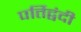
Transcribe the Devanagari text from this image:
पर्तिद्वंदी